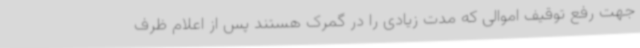
جهت رفع توقیف اموالی که مدت زیادی را در گمرک هستند پس از اعلام ظرف